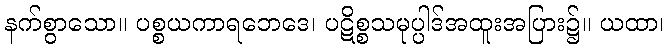
နက်စွာသော။ ပစ္စယကာရဘေဒေ၊ ပဋိစ္စသမုပ္ပါဒ်အထူးအပြား၌။ ယထာ၊